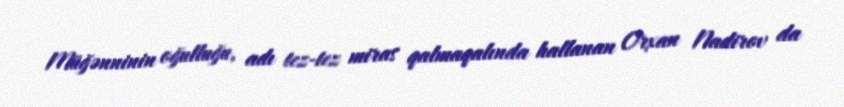
Müğənninin oğulluğu, adı tez-tez miras qalmaqalında hallanan Orxan Nadirov da